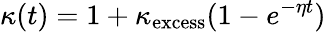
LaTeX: \kappa(t)=1+\kappa_{\mathrm{excess}}(1-e^{-\eta t})